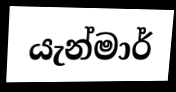
යැන්මාර්